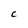
Character: C